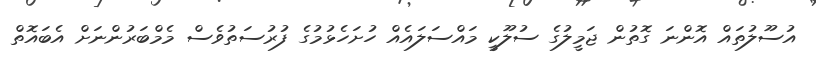
އުސޫލުތައް އޮންނަ ގޮތުން ޖަމީލުގެ ސުލޫކީ މައްސަލައެއް ހުށަހެޅުމުގެ ފުރުސަތުވެސް މެމްބަރުންނަށް އެބައޮތް